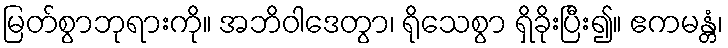
မြတ်စွာဘုရားကို။ အဘိဝါဒေတွာ၊ ရိုသေစွာ ရှိခိုးပြီး၍။ ဧကမန္တံ၊